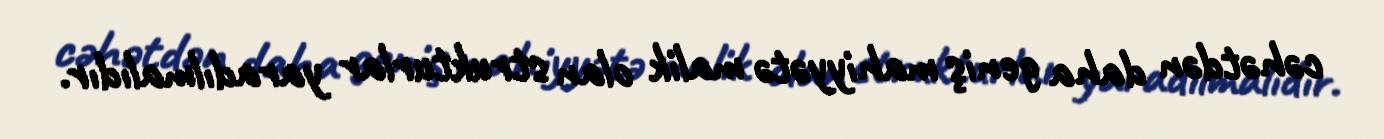
cəhətdən daha geniş mahiyyətə malik olan strukturlar yaradılmalıdır.